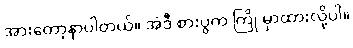
အားတော့နာပါတယ်။ အဲဒီ စားပွဲက ကြို မှာထားလို့ပါ။